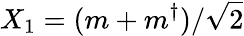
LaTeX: X_{1}=(m+m^{\dagger})/\sqrt{2}